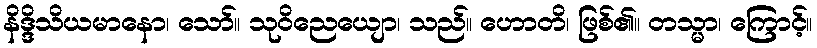
နိဒ္ဒိသိယမာနော၊ သော်။ သုဝိညေယျော၊ သည်။ ဟောတိ၊ ဖြစ်၏။ တသ္မာ၊ ကြောင့်။